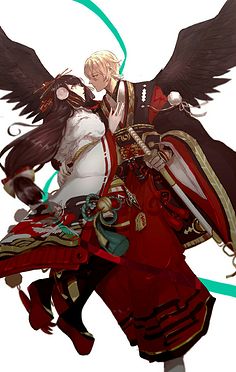
君为女萝草，妾作菟丝花。